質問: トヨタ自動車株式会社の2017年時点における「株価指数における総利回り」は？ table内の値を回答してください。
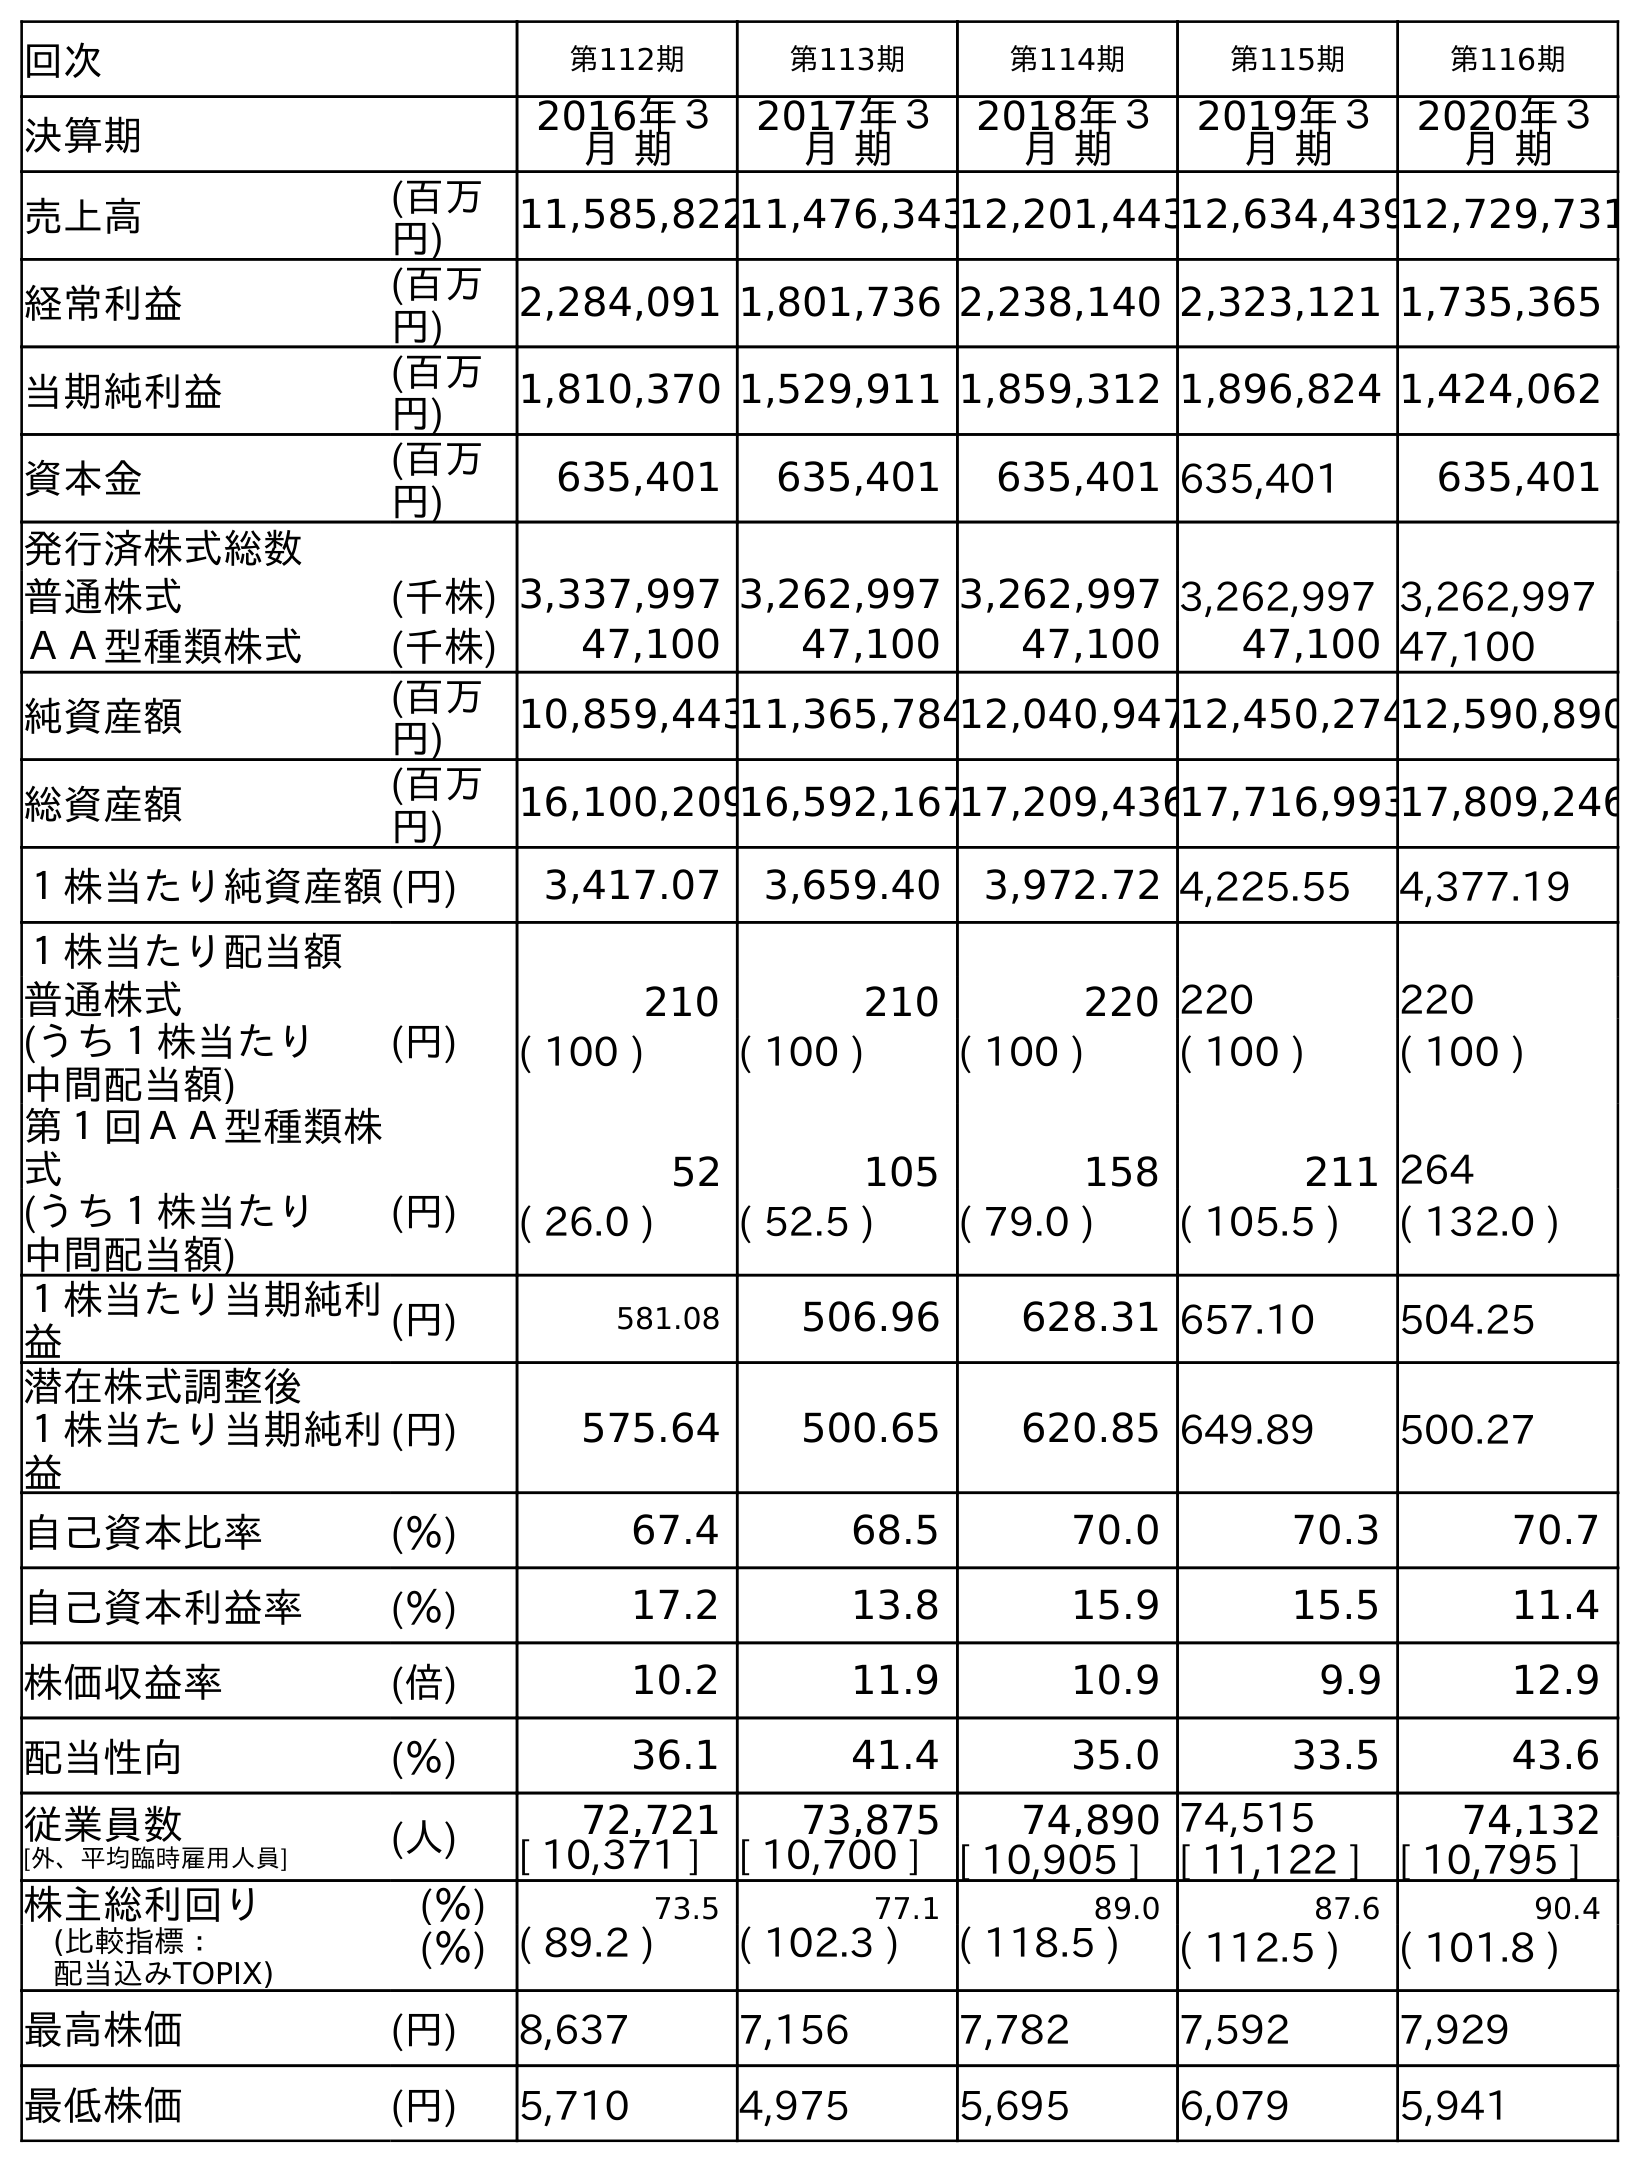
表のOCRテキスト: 回次 第112期 第113期 第114期 第115期 第116期 決算期 2016年３ 月 期 2017年３ 月 期 2018年３ 月 期 2019年３ 月 期 2020年３ 月 期 売上高 (百万 円) 11,585,82211,476,34312,201,44312,634,43912,729,731 経常利益 (百万 円) 2,284,091 1,801,736 2,238,140 2,323,121 1,735,365 当期純利益 (百万 円) 1,810,370 1,529,911 1,859,312 1,896,824 1,424,062 資本金 (百万 円) 635,401 635,401 635,401 635,401 635,401 発行済株式総数 普通株式 (千株) 3,337,997 3,262,997 3,262,997 3,262,997 3,262,997 ＡＡ型種類株式 (千株) 47,100 47,100 47,100 47,100 47,100 純資産額 (百万 円) 10,859,44311,365,78412,040,94712,450,27412,590,890 総資産額 (百万 円) 16,100,20916,592,16717,209,43617,716,99317,809,246 １株当たり純資産額(円) 3,417.07 3,659.40 3,972.72 4,225.55 4,377.19 １株当たり配当額 普通株式 (円) 210 210 220 220 220 (うち１株当たり 中間配当額) ( 100 ) ( 100 ) ( 100 ) ( 100 ) ( 100 ) 第１回ＡＡ型種類株 式 52 105 158 211 264 (うち１株当たり 中間配当額) (円) ( 26.0 ) ( 52.5 ) ( 79.0 ) ( 105.5 ) ( 132.0 ) １株当たり当期純利 益 (円) 581.08 506.96 628.31 657.10 504.25 潜在株式調整後 １株当たり当期純利 益 (円) 575.64 500.65 620.85 649.89 500.27 自己資本比率 (％) 67.4 68.5 70.0 70.3 70.7 自己資本利益率 (％) 17.2 13.8 15.9 15.5 11.4 株価収益率 (倍) 10.2 11.9 10.9 9.9 12.9 配当性向 (％) 36.1 41.4 35.0 33.5 43.6 従業員数 [外、平均臨時雇用人員] (人) 72,721 73,875 74,890 74,515 74,132 [ 10,371 ] [ 10,700 ] [ 10,905 ] [ 11,122 ] [ 10,795 ] 株主総利回り (％) 73.5 77.1 89.0 87.6 90.4 (比較指標： 配当込みTOPIX) (％) ( 89.2 ) ( 102.3 ) ( 118.5 ) ( 112.5 ) ( 101.8 ) 最高株価 (円) 8,637 7,156 7,782 7,592 7,929 最低株価 (円) 5,710 4,975 5,695 6,079 5,941
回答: (102.3)